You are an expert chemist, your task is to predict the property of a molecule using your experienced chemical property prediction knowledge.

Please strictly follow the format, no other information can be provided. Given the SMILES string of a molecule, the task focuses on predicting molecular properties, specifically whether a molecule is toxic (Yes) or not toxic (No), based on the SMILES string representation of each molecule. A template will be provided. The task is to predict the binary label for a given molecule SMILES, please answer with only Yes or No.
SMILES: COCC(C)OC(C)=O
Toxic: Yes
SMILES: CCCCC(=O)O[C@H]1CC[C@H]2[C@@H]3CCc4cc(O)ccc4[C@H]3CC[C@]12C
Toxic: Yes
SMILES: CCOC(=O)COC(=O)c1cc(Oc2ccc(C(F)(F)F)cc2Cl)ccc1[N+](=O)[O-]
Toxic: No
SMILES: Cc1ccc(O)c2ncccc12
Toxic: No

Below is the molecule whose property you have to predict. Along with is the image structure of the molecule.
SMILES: COc1cc(C(C)(C)C)c(O)c(C(C)(C)C)c1
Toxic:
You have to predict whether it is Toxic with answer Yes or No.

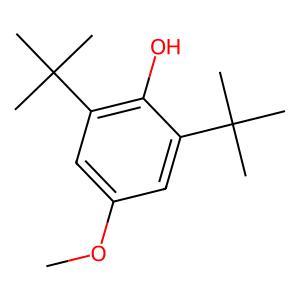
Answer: No